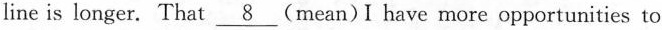
line is longer. That \underline{8} (mean)I have more opportunities to